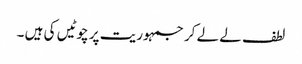
لطف لے لے کر جمہوریت پر چوٹیں کی ہیں ۔